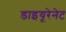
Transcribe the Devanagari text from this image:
डाइयूरेनेट